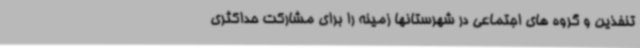
تنفذین و گروه های اجتماعی در شهرستانها زمینه را برای مشارکت حداکثری